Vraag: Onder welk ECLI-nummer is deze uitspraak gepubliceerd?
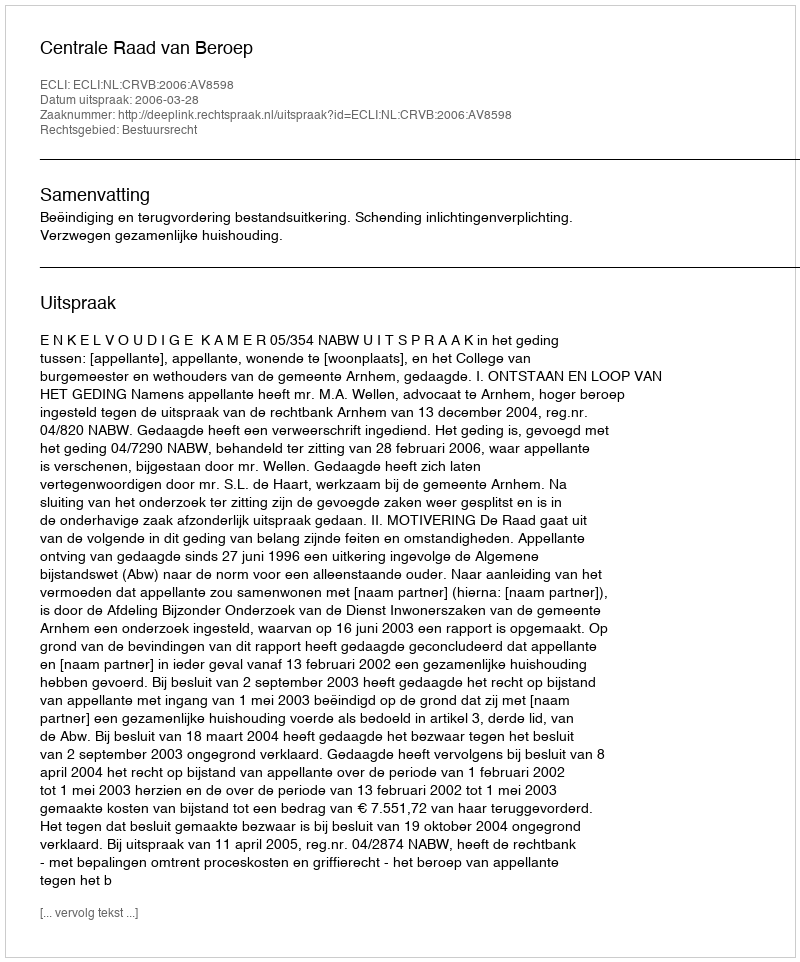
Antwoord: ECLI:NL:CRVB:2006:AV8598